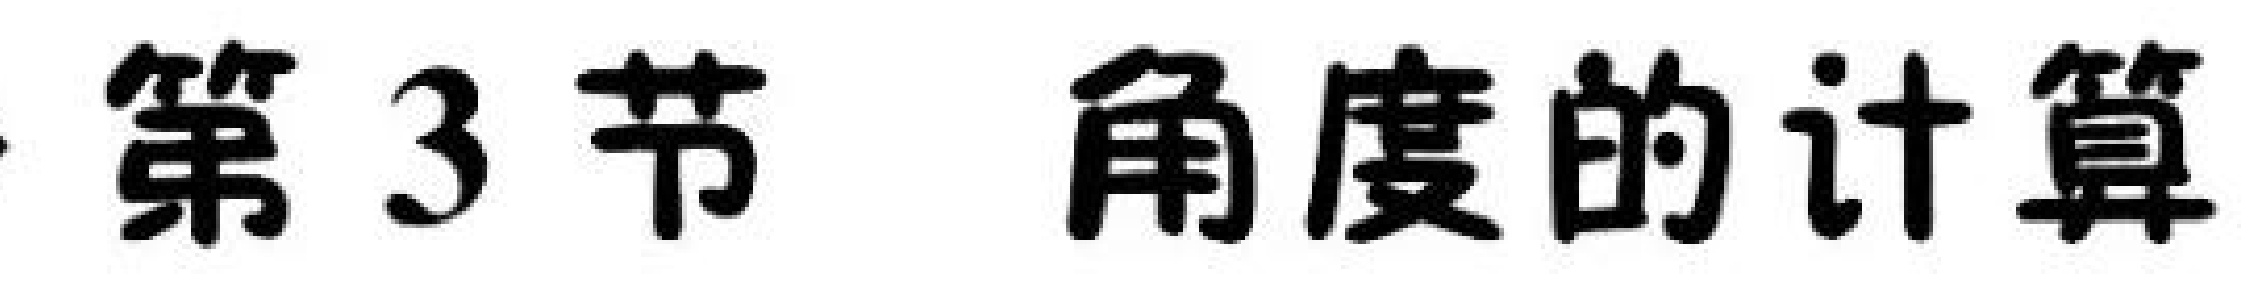
第3节 角度的计算